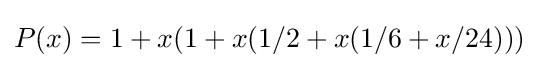
P(x)=1+x(1+x(1/2+x(1/6+x/24)))